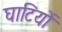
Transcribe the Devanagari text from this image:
घाटियों